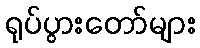
ရုပ်ပွားတော်များ